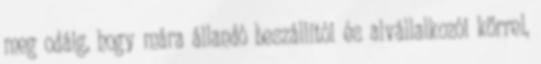
meg odáig, hogy mára állandó beszállítói és alvállalkozói körrel,